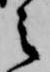
之